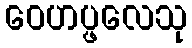
ဝေဟပ္ဖလေသု